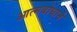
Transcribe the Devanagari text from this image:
आत्मबोधाने